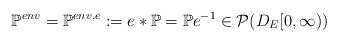
LaTeX: \begin{align*}\mathbb{P}^{env}=\mathbb{P}^{env,e}:=e*\mathbb{P}=\mathbb{P}e^{-1}\in \mathcal{P}(D_E[0,\infty))\end{align*}